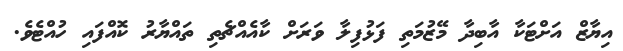
އިޔާޒް އަށްޓަކާ އާބިދާ މޭޒުމަތި ފަޅުފިލާ ވަރަށް ކާއެއްޗެތި ތައްޔާރު ކޮއްފައި ހުއްޓެވެ.